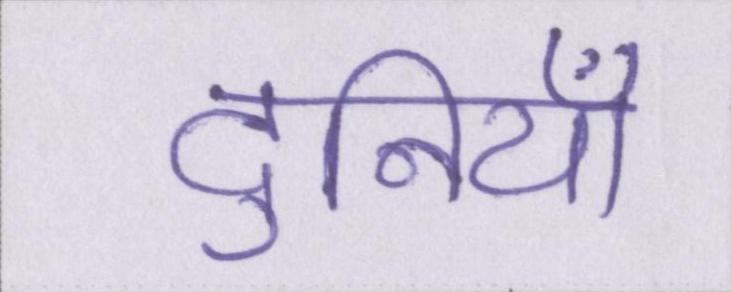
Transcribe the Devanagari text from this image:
दुनियाँ